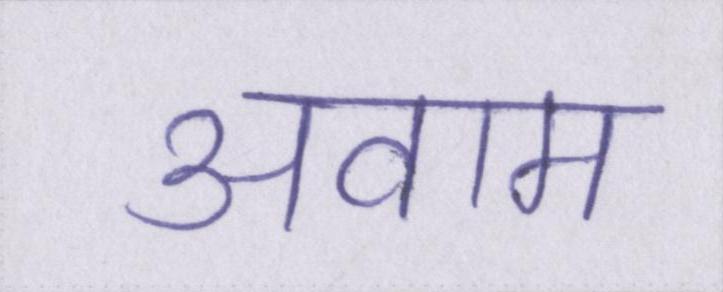
अवाम